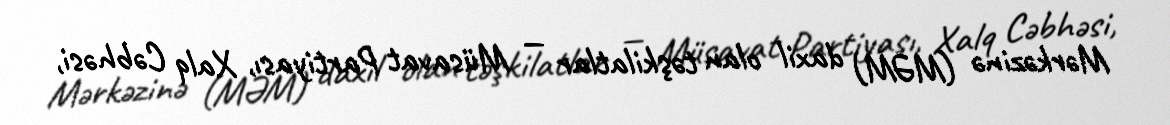
Mərkəzinə (MƏM) daxil olan təşkilatlar — Müsavat Partiyası, Xalq Cəbhəsi,